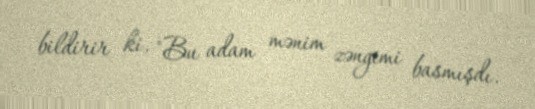
bildirir ki, "Bu adam mənim zəngimi basmışdı.